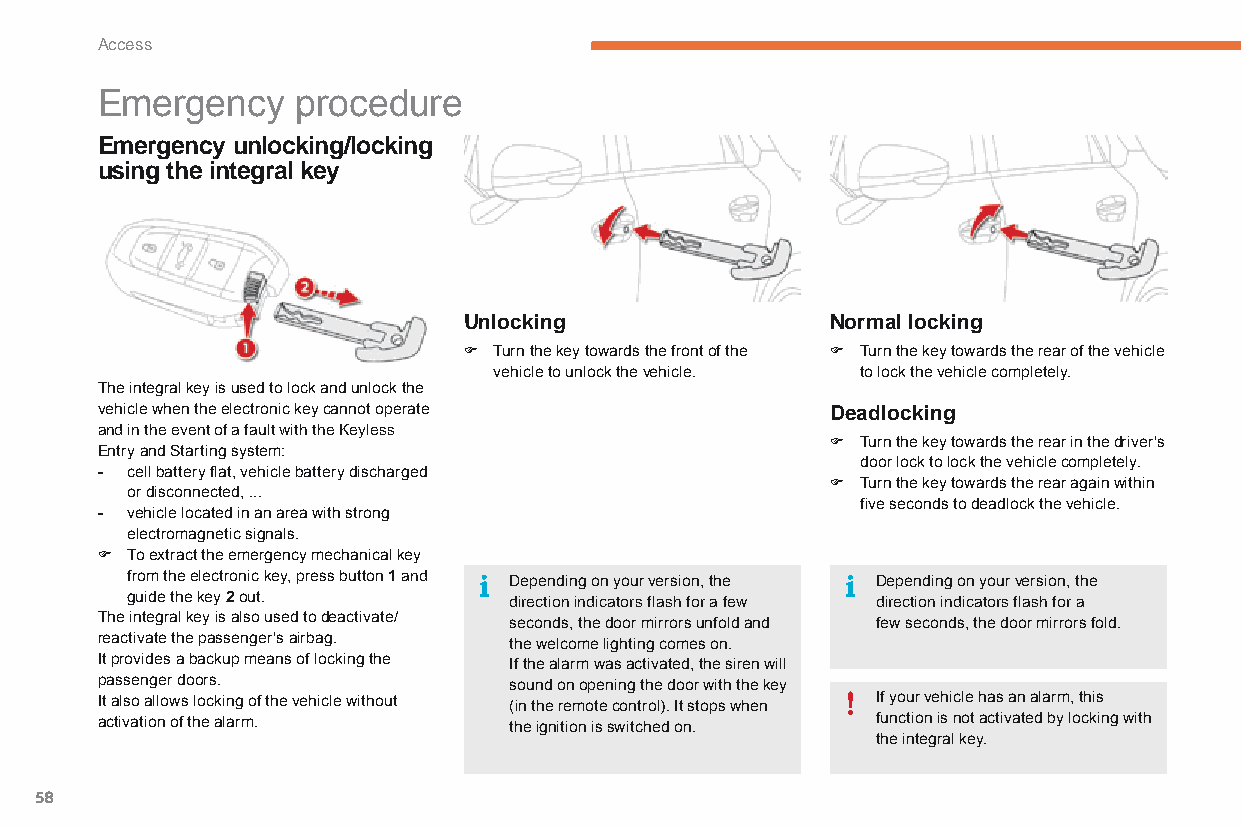
Access
 Emergency     procedure
 Emergency unlocking/locking
 using the integral key
 Unlocking               Normal locking
 F Turn the key towards the front of the F Turn the key towards the rear of the vehicle
 vehicle to unlock the vehicle. to lock the vehicle completely.
 The integral key is used to lock and unlock the
 vehicle when the electronic key cannot operate   Deadlocking
 and in the event of a fault with the keyless
 F Turn the key towards the rear in the driver's
 Entry and Starting system:
 door lock to lock the vehicle completely.
 - cell battery flat, vehicle battery discharged
 F Turn the key towards the rear again within
 or disconnected, ...
 five seconds to deadlock the vehicle.
 - vehicle located in an area with strong
 electromagnetic signals.
 F To extract the emergency mechanical key
 from the electronic key, press button 1 and Depending on your version, the Depending on your version, the
 guide the key 2 out.      direction indicators flash for a few direction indicators flash for a
 The integral key is also used to deactivate/ seconds, the door mirrors unfold and few seconds, the door mirrors fold.
 reactivate the passenger's airbag. the welcome lighting comes on.
 It provides a backup means of locking the If the alarm was activated, the siren will
 passenger doors.            sound on opening the door with the key
 It also allows locking of the vehicle without (in the remote control). It stops when If your vehicle has an alarm, this
 activation of the alarm.    the ignition is switched on. function is not activated by locking with
 the integral key.
 58
 C4-Picasso-II_en_Chap02_ouvertures_ed01-2015